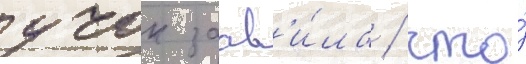
учок заав'и́ла / что́